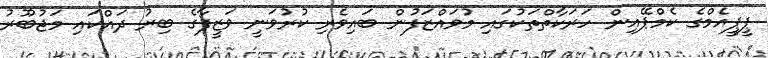
ޕީޕީއެމްގެ ކެމްޕޭއިން ހަރަކާތްތަކުގައި މުވައްޒަފުން ބައިވެރި ކުރުވަނީ ވަޒީފާގެ ބިރު ދައްކައި މަޖުބޫރު